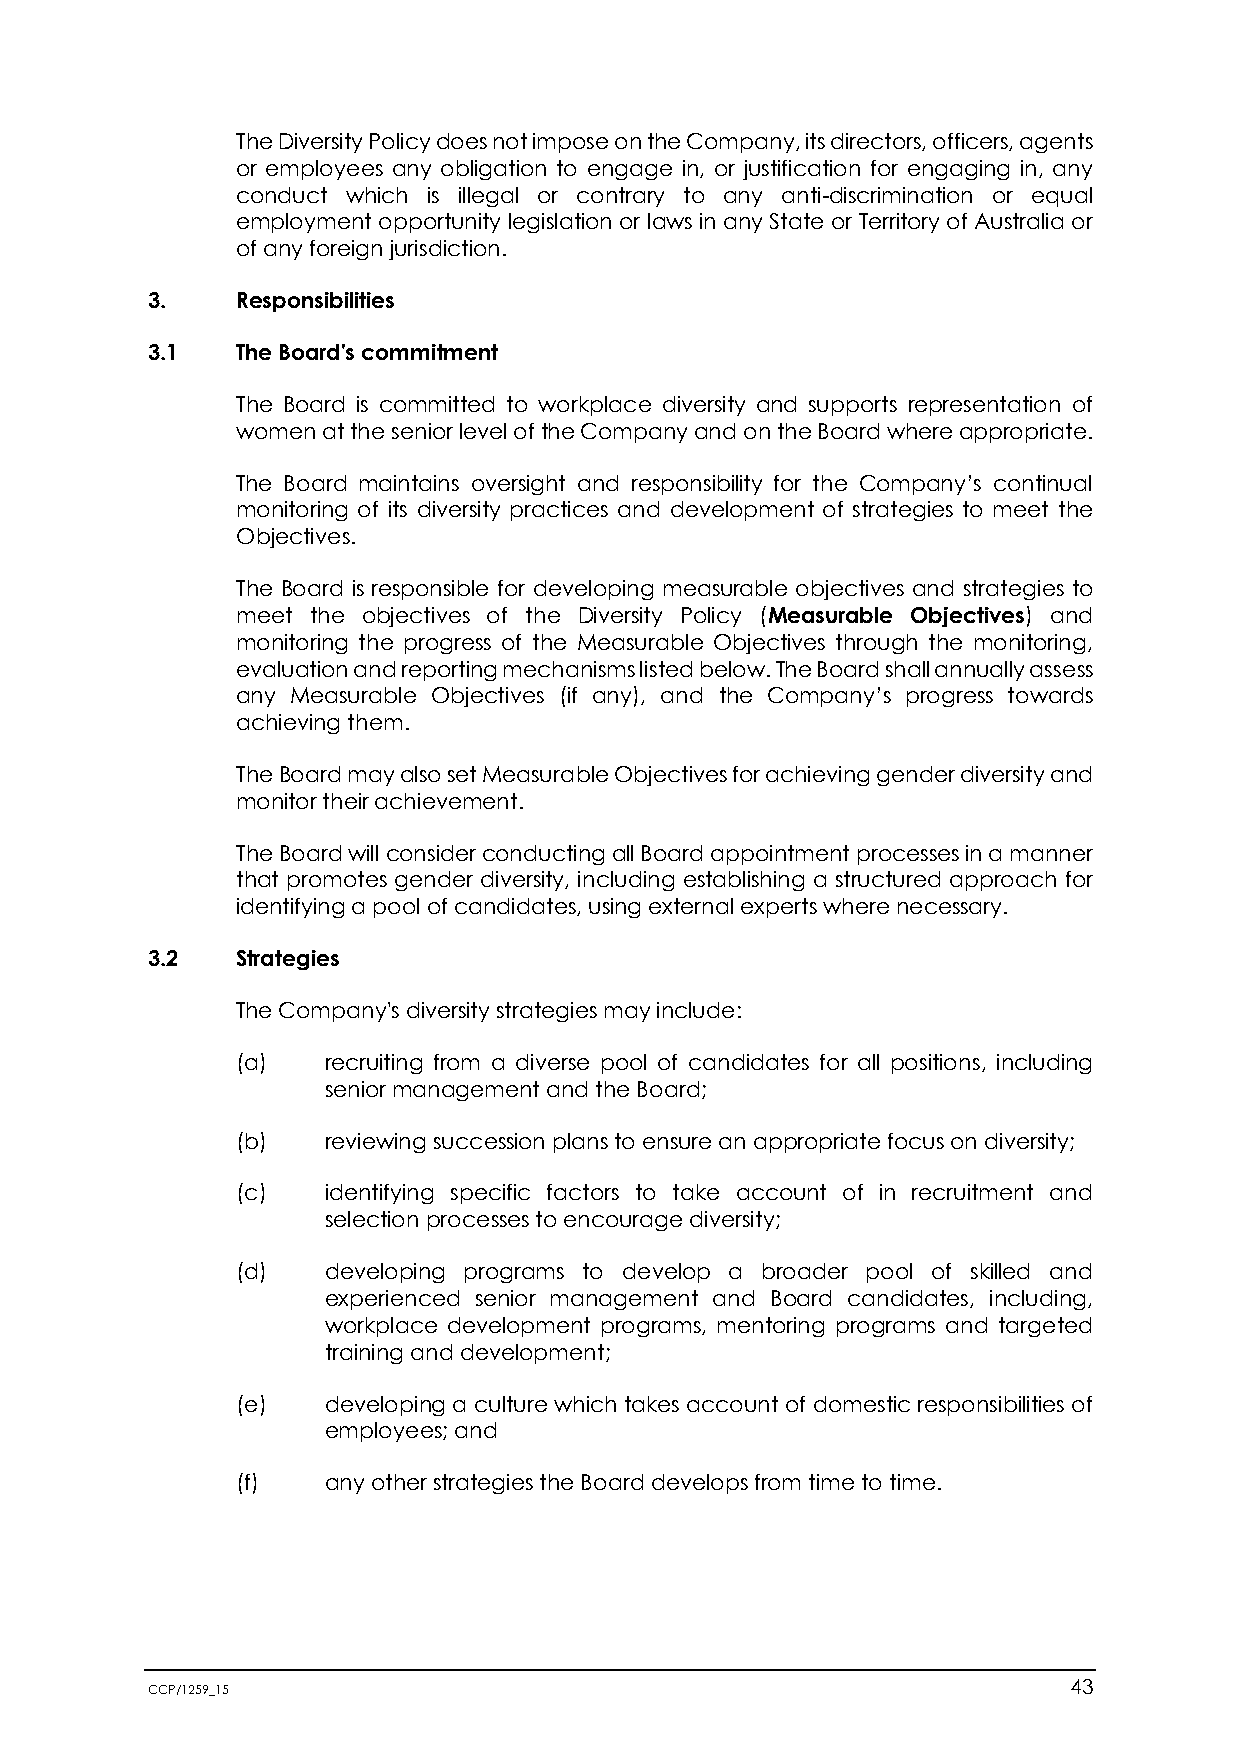
The Diversity Policy does not impose on the Company, its directors, officers, agents
 or employees any obligation to engage in, or justification for engaging in, any
 conduct which is illegal or contrary to any anti-discrimination or equal
 employment opportunity legislation or laws in any State or Territory of Australia or
 of any foreign jurisdiction.
 3.    Responsibilities
 3.1   The Board's commitment
 The Board is committed to workplace diversity and supports representation of
 women at the senior level of the Company and on the Board where appropriate.
 The Board maintains oversight and responsibility for the Company’s continual
 monitoring of its diversity practices and development of strategies to meet the
 Objectives.
 The Board is responsible for developing measurable objectives and strategies to
 meet the objectives of the Diversity Policy (Measurable Objectives) and
 monitoring the progress of the Measurable Objectives through the monitoring,
 evaluation and reporting mechanisms listed below. The Board shall annually assess
 any Measurable Objectives (if any), and the Company’s progress towards
 achieving them.
 The Board may also set Measurable Objectives for achieving gender diversity and
 monitor their achievement.
 The Board will consider conducting all Board appointment processes in a manner
 that promotes gender diversity, including establishing a structured approach for
 identifying a pool of candidates, using external experts where necessary.
 3.2   Strategies
 The Company's diversity strategies may include:
 (a)   recruiting from a diverse pool of candidates for all positions, including
 senior management and the Board;
 (b)   reviewing succession plans to ensure an appropriate focus on diversity;
 (c)   identifying specific factors to take account of in recruitment and
 selection processes to encourage diversity;
 (d)   developing programs to develop a broader pool of skilled and
 experienced senior management and Board candidates, including,
 workplace development programs, mentoring programs and targeted
 training and development;
 (e)   developing a culture which takes account of domestic responsibilities of
 employees; and
 (f)   any other strategies the Board develops from time to time.
 CCP/1259_15                                                  43